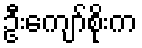
ဦးကျော်စိုးက